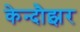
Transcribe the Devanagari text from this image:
केन्दौझर